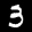
Label: 3